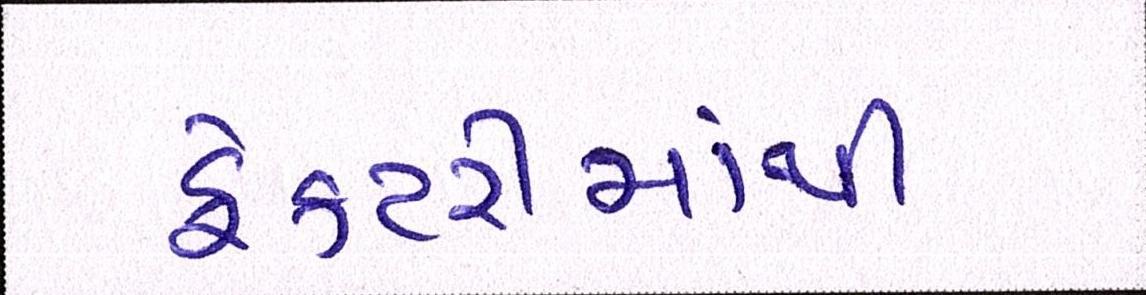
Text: ફેકટરીમાંથી